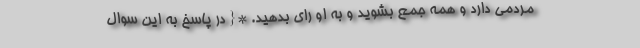
مردمی دارد و همه جمع بشوید و به او رای بدهید. *{ در پاسخ به این سوال